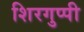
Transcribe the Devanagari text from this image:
शिरगुप्पी